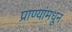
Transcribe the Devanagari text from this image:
प्राण्यांमधून